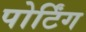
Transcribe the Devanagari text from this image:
पोर्टिंग